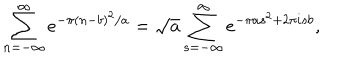
\sum _ { n = - \infty } ^ { \infty } e ^ { - \pi ( n - b ) ^ { 2 } / a } = \sqrt { a } \sum _ { s = - \infty } ^ { \infty } e ^ { - \pi a s ^ { 2 } + 2 \pi i s b } ,